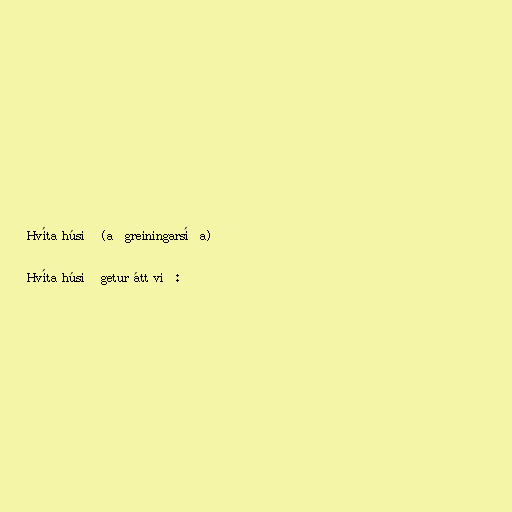
Hvíta húsið (aðgreiningarsíða)

Hvíta húsið getur átt við: